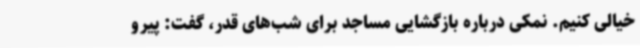
‌خیالی کنیم. نمکی درباره بازگشایی مساجد برای شب‌های قدر، گفت: پیرو